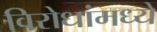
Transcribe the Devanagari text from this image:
विरोधांमध्ये